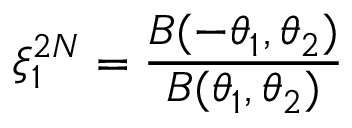
\xi _ { 1 } ^ { 2 N } = \frac { B ( - \theta _ { 1 } , \theta _ { 2 } ) } { B ( \theta _ { 1 } , \theta _ { 2 } ) }